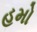
હમો